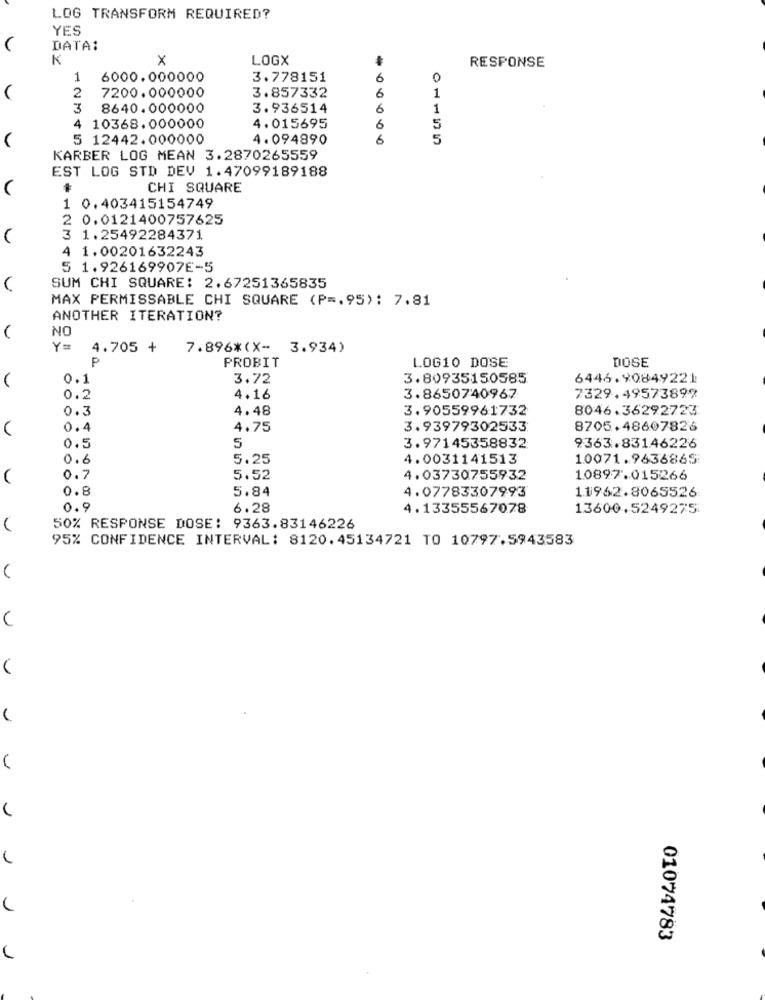
LOG TRANSFORM REQUIRED?
YES
DATA:
K
X
LOGX
RESPONSE
1
6000.000000
3.778151
6
0
2
7200.000000
1
3.857332
6
3
8640.000000
3.936514
6
1
5
4 10368.000000
4.015695
6
5 12442.000000
4.094890
6
KARBER LOG MEAN 3.2870265559
EST LOG STD DEV 1.47099189188
CHI SQUARE
. 0.403415154749
: 0.0121400757625
3 1.25492284371
4 1.00201632243
5 1.926169907E-5
SUM CHI SQUARE: 2.67251365835
MAX PERMISSABLE CHI SQUARE (P =. 95): 7.81
ANOTHER ITERATION?
NO
Y=
4.705 +
7.896*(X- 3.934)
P
PROBIT
LOG10 DOSE
DOSE
0.1
3.72
3.80935150585
6446.90849221
0.2
4.16
3.8650740967
7329.49573899
0.3
4.48
3.90559961732
8046.36292723
0.4
4.75
3.93979302533
8705.48607826
0.5
5
3.97145358832
9363.831.46226
0.6
5.25
4.0031141513
10071.9636865
0.7
5.52
4.03730755932
10897.015266
0.8
5.84
4.07783307993
11962.8065526
0.9
6.28
4.13355567078
13600.5249275
50% RESPONSE DOSE: 9363.83146226
95% CONFIDENCE INTERVAL: 8120.45134721 TO 10797.5943583
C
1
01074783